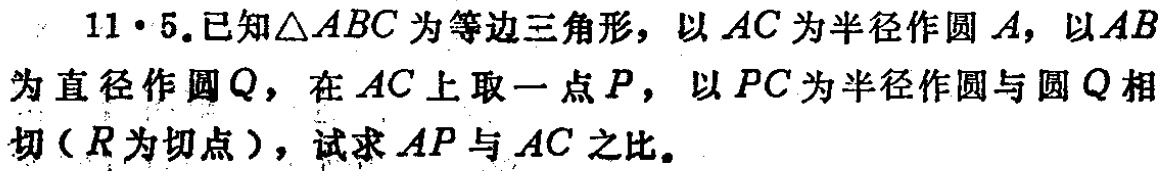
11·5.已知\(\triangle ABC\)为等边三角形，以\(AC\)为半径作圆\(A\)，以\(AB\)为直径作圆\(Q\)，在\(AC\)上取一点\(P\)，以\(PC\)为半径作圆与圆\(Q\)相切（\(R\)为切点），试求\(AP\)与\(AC\)之比。